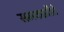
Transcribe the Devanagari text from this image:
समकझौते